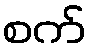
စက်